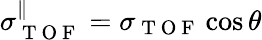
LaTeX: \sigma_{\mathrm{~T~O~F~}}^{\parallel}=\sigma_{\mathrm{~T~O~F~}}\cos{\theta}